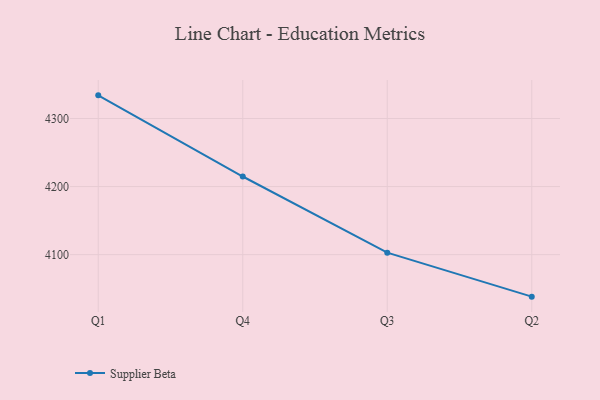
{"axis": {"x": "Quarter", "y": "Satisfaction Score"}, "legend": ["Supplier Beta"], "data": [{"x": "Q1", "y": 4334.0, "type": "Supplier Beta"}, {"x": "Q4", "y": 4214.8, "type": "Supplier Beta"}, {"x": "Q3", "y": 4102.9, "type": "Supplier Beta"}, {"x": "Q2", "y": 4038.3, "type": "Supplier Beta"}]}